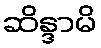
ဆိန္ဒာမိ